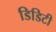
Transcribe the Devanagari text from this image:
डिडिटी